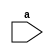
/*
 * Copyright (c) 2000 Philips Semiconductors Stefan.Thiede@philips.com
 *
 *    This source code is free software; you can redistribute it
 *    and/or modify it in source code form under the terms of the GNU
 *    General Public License as published by the Free Software
 *    Foundation; either version 2 of the License, or (at your option)
 *    any later version.
 *
 *    This program is distributed in the hope that it will be useful,
 *    but WITHOUT ANY WARRANTY; without even the implied warranty of
 *    MERCHANTABILITY or FITNESS FOR A PARTICULAR PURPOSE.  See the
 *    GNU General Public License for more details.
 *
 *    You should have received a copy of the GNU General Public License
 *    along with this program; if not, write to the Free Software
 *    Foundation, Inc., 59 Temple Place - Suite 330, Boston, MA 02111-1307, USA
 */

module test(a);
input   a;
task otto;
        ;
endtask
endmodule